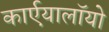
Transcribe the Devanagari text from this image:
कार्एयालाॅयो